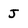
Character: J